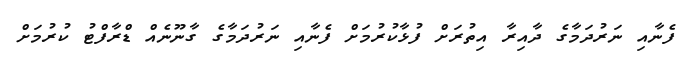
ފެނާއި ނަރުދަމާގެ ދާއިރާ އިތުރަށް ފުޅާކުރުމަށް ފެނާއި ނަރުދަމާގެ ގާނޫނެއް ޑްރާފްޓު ކުރުމަށް